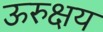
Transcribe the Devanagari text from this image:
ऊरुक्षय